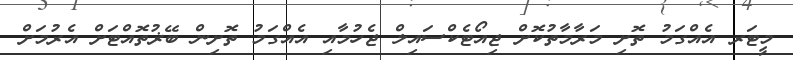
މީޓަރ އެއްގަމު ތޮށި މަރާމާތުކޮށް ޖިއޯޓެކްސައިލް ޖެހުމާއި އެއްގަމު ތޮށިން ބޭޜުތޮއްޓަށް އެރުމަށް